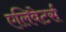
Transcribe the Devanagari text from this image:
एलिवेटर्स